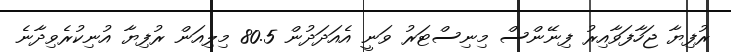
ރުފިޔާ ޖަހާފަވާއިރު ފިނޭންސް މިނިސްޓަރު ވަނީ އެއަދަދުން 80.5 މިލިއަން ރުފިޔާ އުނިކުރެވިދާނެ